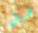
قبل